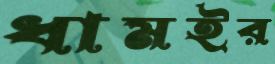
ধামইর